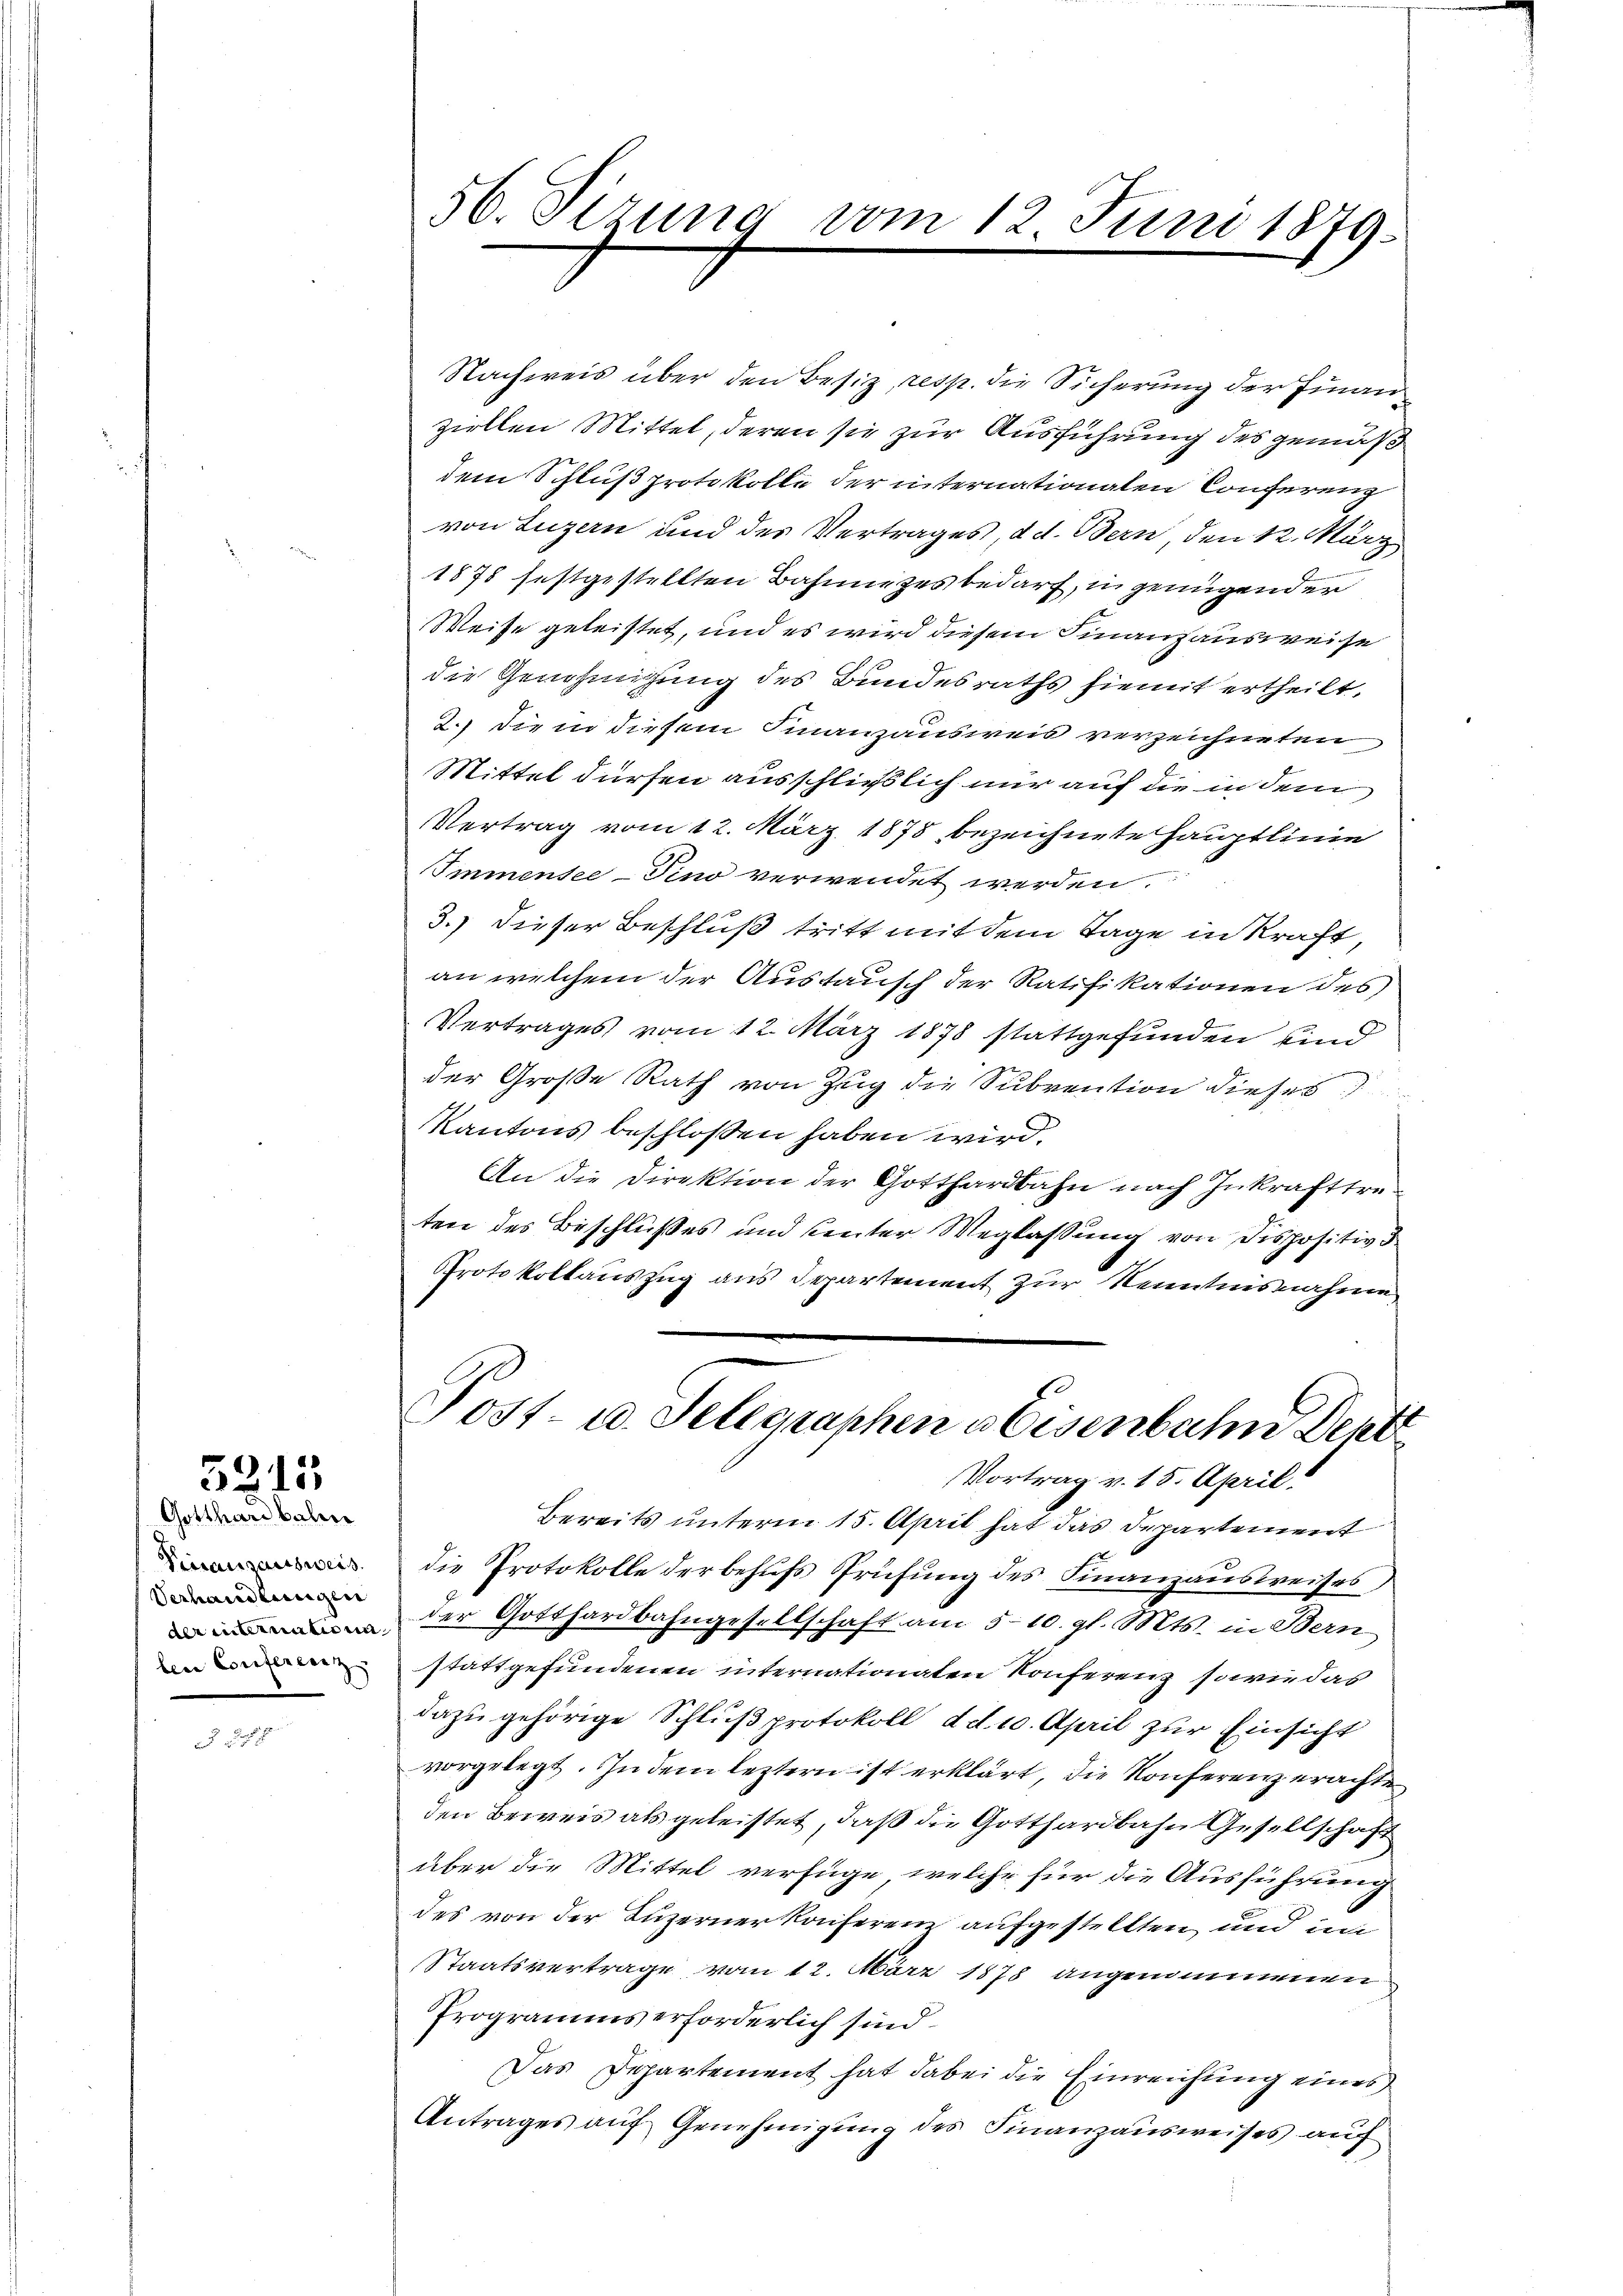
5215
Gotthardbahn

Pierausaetsweis
Verhandlungen
der immatis in
ben Conferenz

§ 248

56. Sizung vom 12. Juni 1879.

Nachweis über den Besiz, resp. die Sicherung der Finan
ziellen Mittel, deren sie zur Ausführung des gemäß
dem Schluß protokolle der internationalen Conferenz
von Luzern und des Vertrages, d. d. Bern den 12. März
1878 festgestellten Bahnnezes bedarf, in genügender
Weise geleistet, und es wird diesem Finanzausweise
die Genehmigung des Bundesraths hiemit ertheilt,
2.) Die in diesem Finanzausweis verzeichneten
Mittel dürfen ausschließlich nur auf die in dem
Vertrag vom 12. März 1878 bezeichnete Hauptlinie
Immensee–Pino verwendet werden.
3.) Dieser Beschluß tritt mit dem Tage in kraft,
an welchem der Austausch der Ratifikationen des
Vertrages vom 12. März 1878 stattgefunden sind
der Große Rath von Zug die Subvention dieses
Kantons beschlossen haben wird.
An die Direktion der Gotthardbahn nach Inkrafttreten des Beschlußes und heuter Weglassung von Dispositiv d
Protokollauszug aus Departement zur Kenntnisnahme
Post- u. Sellgraphen u. Eisenbahn ent
Vortrag v. 15. April.
Bereits unterm 15. April hat das Departement
die Protokolle der behufs Prüfung des Finanzausweises
der Gotthardbahngesellschaft am 510. gl. Mts. in Bern
stattgefundenen internationaten Konferenz sowie das
dazu gehörige Schluß protokoll dd. 10. April zur Einsicht
vorgelegt. In dem leztern ist erklärt, die Konferenzerachte
den Beweis als geleistet, daß die Gotthardbahn Gesellschaft
über die Mittel verfüge, welche für die Ausführung
des von der Luzerner konferen aufgestellten und im
Staatsvertrage vom 12. März 1878 angenommenen
Programms erforderlich sind.
Das Departement hat dabei die Einreichung eines
Antrages auf Genehmigung des Finanzausweises auf